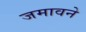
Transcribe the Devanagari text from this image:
जमावने